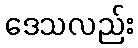
ဒေသလည်း